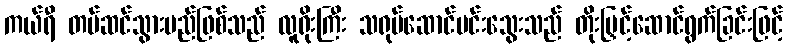
ကယ်ရီ တပ်ဆင်သွားမည်ဖြစ်သည် လူရိုးကြီး သရုပ်ဆောင်မင်းသွေးသည် တိုးမြှင့်ဆောင်ရွက်ခြင်းဖြင့်